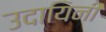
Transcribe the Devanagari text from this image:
उदायिनी